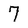
Character: 7